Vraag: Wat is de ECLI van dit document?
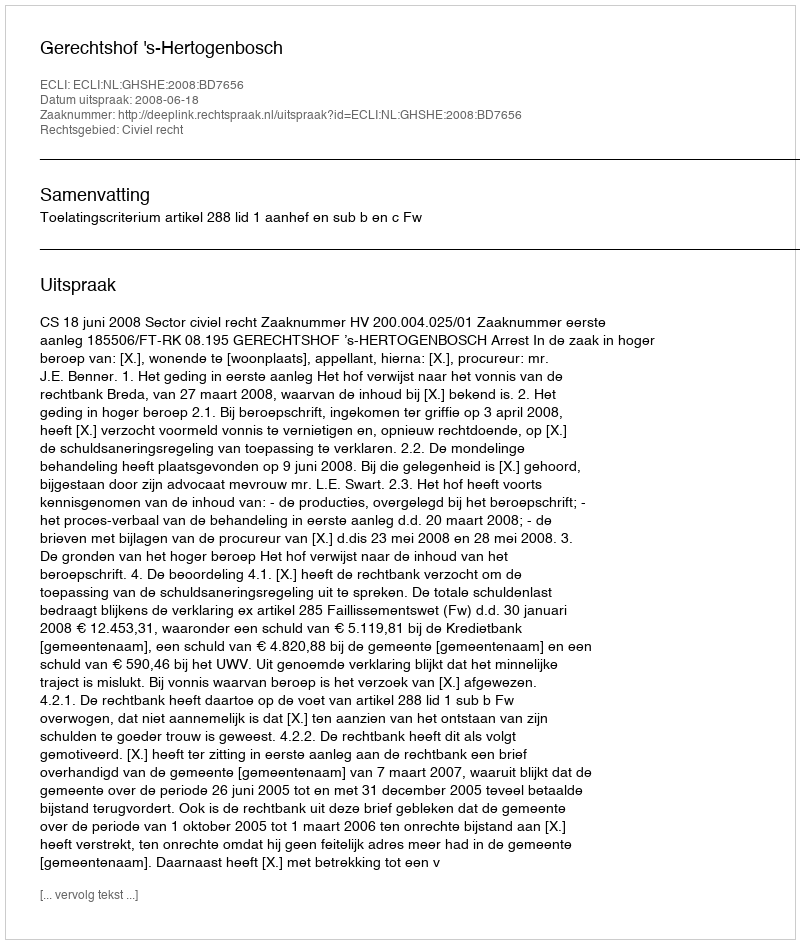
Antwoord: ECLI:NL:GHSHE:2008:BD7656